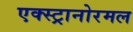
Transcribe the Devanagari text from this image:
एक्स्ट्रानोरमल